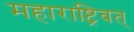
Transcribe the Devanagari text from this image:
महाराष्ट्रिवत्